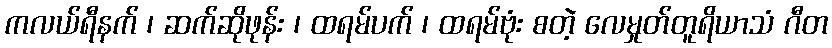
ကလယ်ရီနက် ၊ ဆက်ဆိုဖုန်း ၊ ထရမ်ပက် ၊ ထရမ်ဗုံး စတဲ့ လေမှုတ်တူရိယာသံ ဂီတ